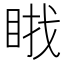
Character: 𱲷